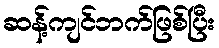
ဆန့်ကျင်ဘက်ဖြစ်ပြီး